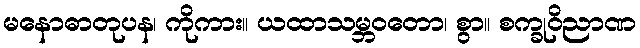
မနောဓာတုပန၊ ကိုကား။ ယထာသမ္ဘဝတော၊ စွာ။ စက္ခုဝိညာဏ